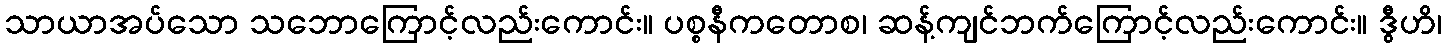
သာယာအပ်သော သဘောကြောင့်လည်းကောင်း။ ပစ္စနီကတောစ၊ ဆန့်ကျင်ဘက်ကြောင့်လည်းကောင်း။ ဒွီဟိ၊